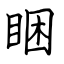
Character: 睏